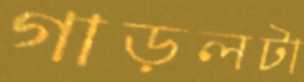
গাড়লটা